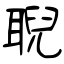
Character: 聣